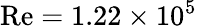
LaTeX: \mathrm{Re}=1.22\times 10^{5}